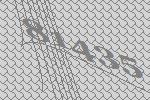
81435